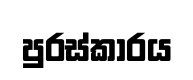
පුරස්කාරය